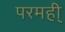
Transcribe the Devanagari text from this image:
परमही्